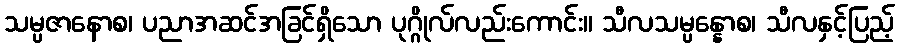
သမ္ပဇာနောစ၊ ပညာအဆင်အခြင်ရှိသော ပုဂ္ဂိုလ်လည်းကောင်း။ သီလသမ္ပန္နောစ၊ သီလနှင့်ပြည့်